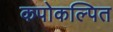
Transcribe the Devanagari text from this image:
कपोकल्पित